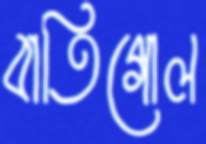
বাতিগোল